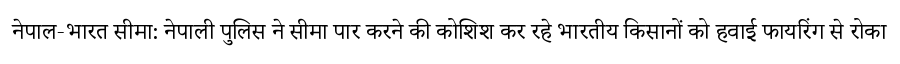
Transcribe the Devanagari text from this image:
नेपाल-भारत सीमा: नेपाली पुलिस ने सीमा पार करने की कोशिश कर रहे भारतीय किसानों को हवाई फायरिंग से रोका